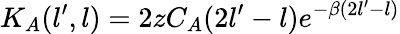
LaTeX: K_{A}(l^{\prime},l)=2zC_{A}(2l^{\prime}-l)e^{-\beta(2l^{\prime}-l)}